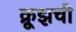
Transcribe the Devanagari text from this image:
क्रूझची